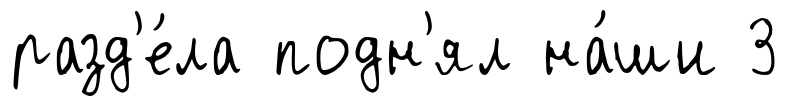
разд'е́ла подн'ял на́ши 3